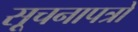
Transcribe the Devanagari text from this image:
सूचनापत्रों